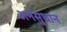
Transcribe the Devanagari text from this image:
अनंसुधान